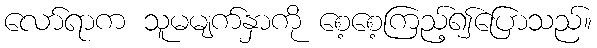
လော်ရာက သူမမျက်နှာကို စေ့စေ့ကြည့်၍ပြောသည်။